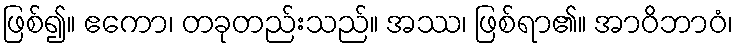
ဖြစ်၍။ ဧကော၊ တခုတည်းသည်။ အဿ၊ ဖြစ်ရာ၏။ အာဝိဘာဝံ၊